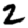
Digit: 2